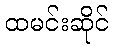
ထမင်းဆိုင်